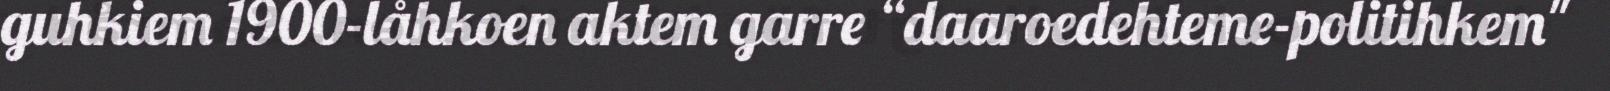
guhkiem 1900-låhkoen aktem garre “daaroedehteme-politihkem"